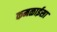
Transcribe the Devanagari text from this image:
कमळाईसा